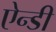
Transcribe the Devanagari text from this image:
ऐन्डी